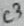
Text: C3